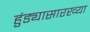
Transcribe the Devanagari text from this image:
हुंड्यासारख्या